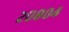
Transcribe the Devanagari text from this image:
२०८०४